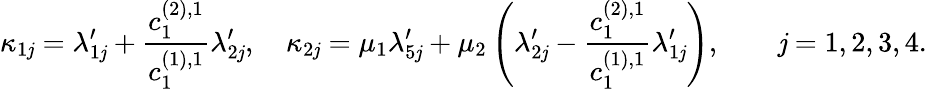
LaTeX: \kappa_{1\mathit{j}}=\lambda_{1\mathit{j}}^{\prime}+\frac{{c_{1}^{(2),1}}}{{c_{1}^{(1),1}}}\lambda_{2\mathit{j}}^{\prime},\quad\kappa_{2\mathit{j}}=\mu_{1}\lambda_{5\mathit{j}}^{\prime}+\mu_{2}\left(\lambda_{2\mathit{j}}^{\prime}-\frac{{c_{1}^{(2),1}}}{{c_{1}^{(1),1}}}\lambda_{1\mathit{j}}^{\prime}\right),\qquad\mathit{j}=1,2,3,4.